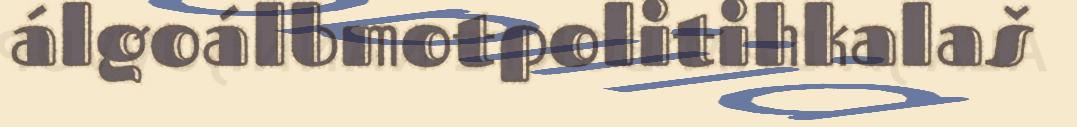
álgoálbmotpolitihkalaš